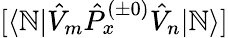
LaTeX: [\langle\mathbb{N}|\hat{{V}}_{m}\hat{{P}}_{x}^{(\pm0)}\hat{{V}}_{n}|\mathbb{N}\rangle]